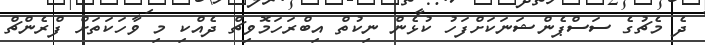
ދެ މެޗުގެ ސަސްޕެންޝަނަކަށްފަހު ކުޅެން ނިކުތް އިބްރަހަމޮވިޗް ދެއްކި މި ވާހަކަތަށް ފްރެންޗް